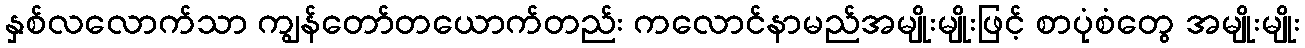
နှစ်လလောက်သာ ကျွန်တော်တယောက်တည်း ကလောင်နာမည်အမျိုးမျိုးဖြင့် စာပုံစံတွေ အမျိုးမျိုး